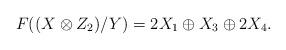
LaTeX: \begin{align*}F((X\otimes Z_2)/Y)=2X_1\oplus X_3\oplus 2X_4.\end{align*}